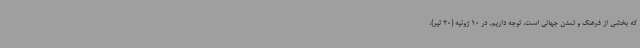
که بخشی از فرهنگ و تمدن جهانی است، توجه داریم. در 10 ژوئیه (20 تیر)،